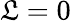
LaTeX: \mathfrak{L}=0